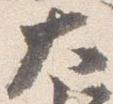
大